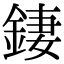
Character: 𨧬